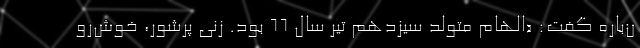
ن‌باره گفت: «الهام متولد سیزدهم تیر ‌سال ٦٦ بود. زنی پرشور، خوش‌رو